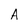
Character: A